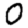
Digit: 0